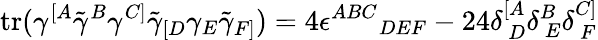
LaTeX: \mathrm{tr}(\gamma^{[A}\tilde{\gamma}^{B}\gamma^{C]}\tilde{\gamma}_{[D}\gamma_{E}\tilde{\gamma}_{F]})=4\epsilon^{ABC}{}_{DEF}-24\delta_{~D}^{[A}\delta_{~E}^{B}\delta_{~F}^{C]}